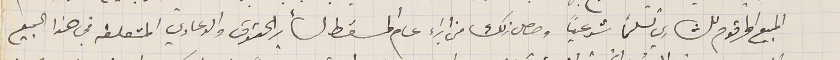
المبيع المرقوم للشاري تسلماً شرعياً وحصل ذلك من ابراء عام المسقط لسائر الحقوق والدعاوي المتعلقه في هذا المبيع